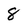
Character: 8